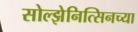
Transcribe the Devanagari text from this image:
सोल्झेनित्सिनच्या